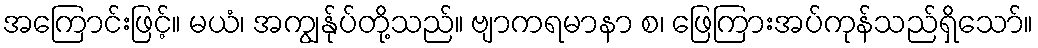
အကြောင်းဖြင့်။ မယံ၊ အကျွန်ုပ်တို့သည်။ ဗျာကရမာနာ စ၊ ဖြေကြားအပ်ကုန်သည်ရှိသော်။